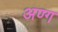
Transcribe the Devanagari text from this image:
अण्ग